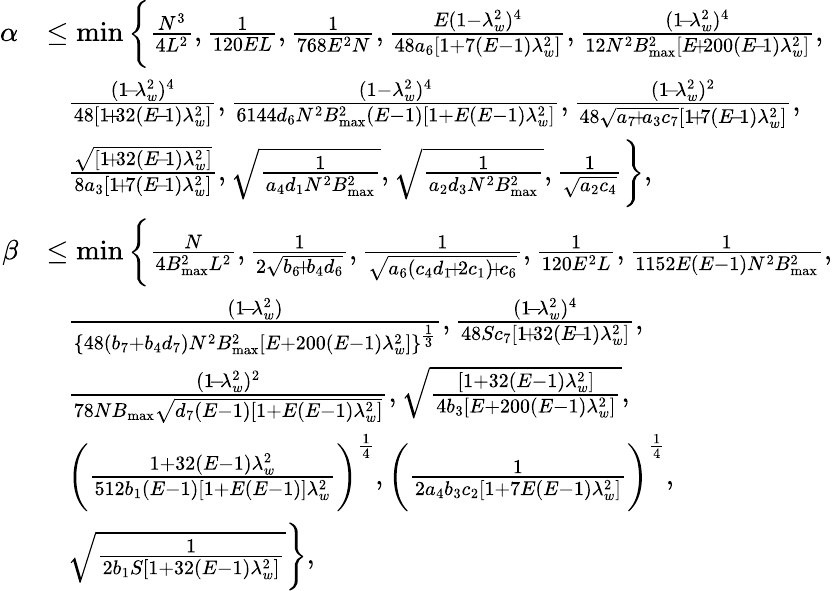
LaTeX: \begin{array}{rl}{\alpha}&{\leq\operatorname*{min}\bigg\{ \frac{N^{3}}{4L^{2}},\frac{1}{120EL},\frac{1}{768E^{2}N},\frac{E(1-\lambda_{w}^{2})^{4}}{48a_{6}[1+7(E-1)\lambda_{w}^{2}]},\frac{(1\! -\! \lambda_{w}^{2})^{4}}{12N^{2}B_{\operatorname*{max}}^{2}[E\! +\! 200(E\! -\! 1)\lambda_{w}^{2}]},}\\ &{~~~\frac{(1\! -\! \lambda_{w}^{2})^{4}}{48[1\! +\! 32(E\! -\! 1)\lambda_{w}^{2}]},\frac{(1-\lambda_{w}^{2})^{4}}{6144d_{6}N^{2}B_{\operatorname*{max}}^{2}(E-1)[1+E(E-1)\lambda_{w}^{2}]},\frac{(1\! -\! \lambda_{w}^{2})^{2}}{48\sqrt{a_{7}\! +\! a_{3}c_{7}}[1\! +\! 7(E\! -\! 1)\lambda_{w}^{2}]},}\\ &{~~~\frac{\sqrt{[1\! +\! 32(E\! -\! 1)\lambda_{w}^{2}]}}{8a_{3}[1\! +\! 7(E\! -\! 1)\lambda_{w}^{2}]},\sqrt{\frac{1}{a_{4}d_{1}N^{2}B_{\operatorname*{max}}^{2}}},\sqrt{\frac{1}{a_{2}d_{3}N^{2}B_{\operatorname*{max}}^{2}}},\frac{1}{\sqrt{a_{2}c_{4}}}\bigg\} ,}\\ {\beta}&{\leq\operatorname*{min}\bigg\{ \frac{N}{4B_{\operatorname*{max}}^{2}L^{2}},\frac{1}{2\sqrt{b_{6}\! +\! b_{4}d_{6}}},\frac{1}{\sqrt{a_{6}(c_{4}d_{1}\! +\! 2c_{1})\! +\! c_{6}}},\frac{1}{120E^{2}L},\frac{1}{1152E(E-1)N^{2}B_{\operatorname*{max}}^{2}},}\\ &{~~~\frac{(1\! -\! \lambda_{w}^{2})}{\{ 48(b_{7}+b_{4}d_{7})N^{2}B_{\operatorname*{max}}^{2}[E+200(E-1)\lambda_{w}^{2}]\} ^{\frac{1}{3}}},\frac{(1\! -\! \lambda_{w}^{2})^{4}}{48Sc_{7}[1\! +\! 32(E\! -\! 1)\lambda_{w}^{2}]},}\\ &{~~~\frac{(1\! -\! \lambda_{w}^{2})^{2}}{78NB_{\operatorname*{max}}\sqrt{d_{7}(E-1)[1+E(E-1)\lambda_{w}^{2}]}},\sqrt{\frac{[1+32(E-1)\lambda_{w}^{2}]}{4b_{3}[E+200(E-1)\lambda_{w}^{2}]}},}\\ &{~~~\bigg(\frac{1+32(E-1)\lambda_{w}^{2}}{512b_{1}(E-1)[1+E(E-1)]\lambda_{w}^{2}}\bigg)^{\frac{1}{4}},\bigg(\frac{1}{2a_{4}b_{3}c_{2}[1+7E(E-1)\lambda_{w}^{2}]}\bigg)^{\frac{1}{4}},}\\ &{~~~\sqrt{\frac{1}{2b_{1}S[1+32(E-1)\lambda_{w}^{2}]}}\bigg\} ,}\end{array}